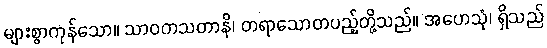
များစွာကုန်သော။ သာဝကသတာနိ၊ တရာသောတပည့်တို့သည်။ အဟေသုံ၊ ရှိသည်